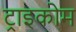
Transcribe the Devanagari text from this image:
ट्राइकोम